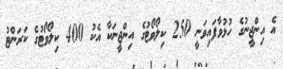
އެ އިންޖީނުގެ ހުޅުވާފައިވަނީ 250 ކިލޯވޯޓުގެ އިންޖީނަކާ އެކު 400 ކިލޯވޯޓުގެ ކަރަންޓު